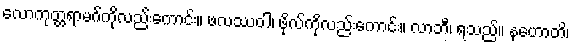
လောကုတ္တရာမဂ်ကိုလည်းကောင်း။ ဖလဿဝါ၊ ဖိုလ်ကိုလည်းကောင်း။ လာဘီ၊ ရသည်။ နဟောတိ၊